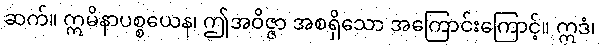
ဆက်။ ဣမိနာပစ္စယေန၊ ဤအဝိဇ္ဇာ အစရှိသော အကြောင်းကြောင့်။ ဣဒံ၊